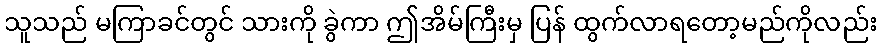
သူသည် မကြာခင်တွင် သားကို ခွဲကာ ဤအိမ်ကြီးမှ ပြန် ထွက်လာရတော့မည်ကိုလည်း